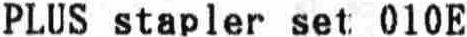
PLUS STAPLER SET 010E